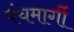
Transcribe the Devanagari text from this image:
पंचमार्गी